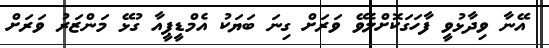
އޭނާ ވިދާޅުވީ ފާހަގަކޮށްލެވޭ ވަރަށް ގިނަ ބަޔަކު އެމްޑީޕީއާ ގުޅޭ މަންޒަރު ވަރަށް